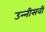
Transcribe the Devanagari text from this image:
उन्‍नीसवी